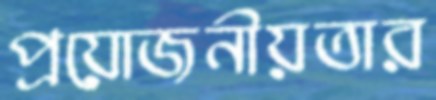
প্রয়োজনীয়তার